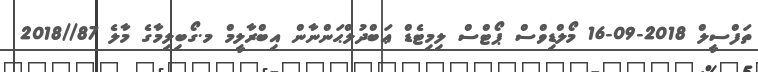
ތަފްސީލް 2018-09-16 މޯލްޑިވްސް ޕޯޓްސް ލިމިޓެޑް ޢަބްދުލްޙަންނާން އިބްރާލީމް މ.ގޯބިލިމާގެ މާލެ 87//2018